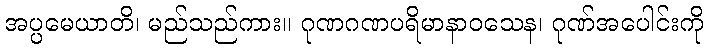
အပ္ပမေယာတိ၊ မည်သည်ကား။ ဂုဏဂဏပရိမာနာဝသေန၊ ဂုဏ်အပေါင်းကို